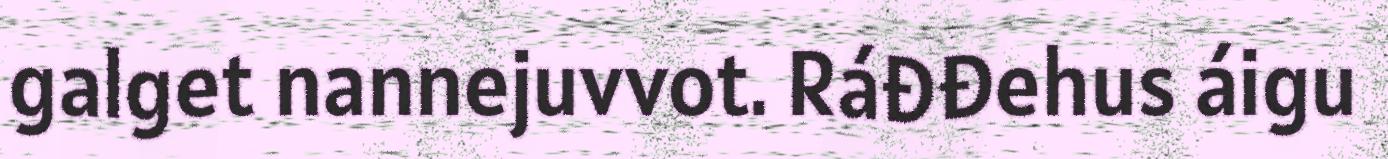
galget nannejuvvot. Ráđđehus áigu